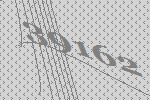
39162